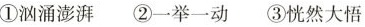
①汹涌澎湃②一举一动③恍然大悟